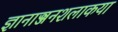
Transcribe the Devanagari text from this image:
ज्ञानाञ्जनशलाकया